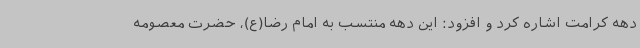
دهه کرامت اشاره کرد و افزود: این دهه منتسب به امام رضا(ع)، حضرت معصومه